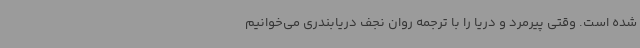
شده است. وقتی پیرمرد و دریا را با ترجمه روان نجف دریابندری می‌خوانیم